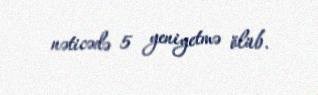
nəticədə 5 yeniyetmə ölüb.